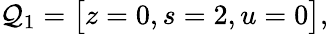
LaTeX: \mathcal{Q}_{1}=\big[z=0,s=2,u=0\big],